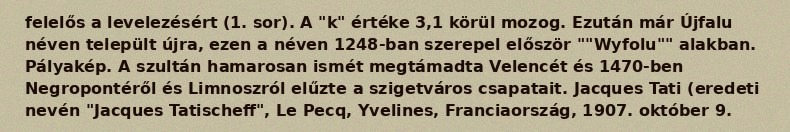
felelős a levelezésért (1. sor). A "k" értéke 3,1 körül mozog. Ezután már Újfalu néven települt újra, ezen a néven 1248-ban szerepel először ""Wyfolu"" alakban. Pályakép. A szultán hamarosan ismét megtámadta Velencét és 1470-ben Negropontéről és Limnoszról elűzte a szigetváros csapatait. Jacques Tati (eredeti nevén "Jacques Tatischeff", Le Pecq, Yvelines, Franciaország, 1907. október 9.